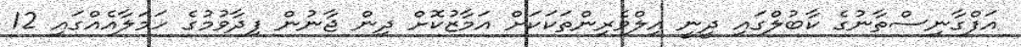
އަފްގާނިސްތާނުގެ ކާބުލްގައި ދީނީ އިލްވެރިންތަކަކަށް އަމާޒުކޮށް ދިން ޖާނުން ފިދާވުމުގެ ހަމަލާއެއްގައި 12